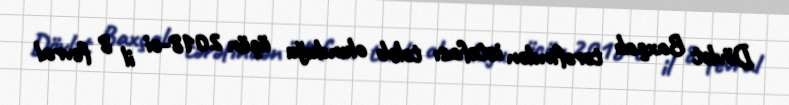
Dövlət Baxçalı tərəfindən istefası tələb olunduğu üçün 2018-ci il 8 fevral